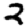
Digit: 2